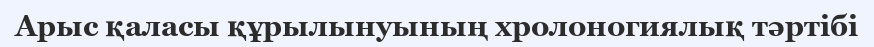
Арыс қаласы құрылынуының хролоногиялық тәртібі